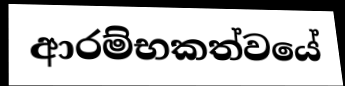
ආරම්භකත්වයේ